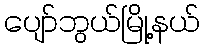
ပျော်ဘွယ်မြို့နယ်